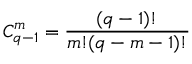
C _ { q - 1 } ^ { m } = \frac { ( q - 1 ) ! } { m ! ( q - m - 1 ) ! }